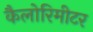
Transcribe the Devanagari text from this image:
कैलोरिमीटर